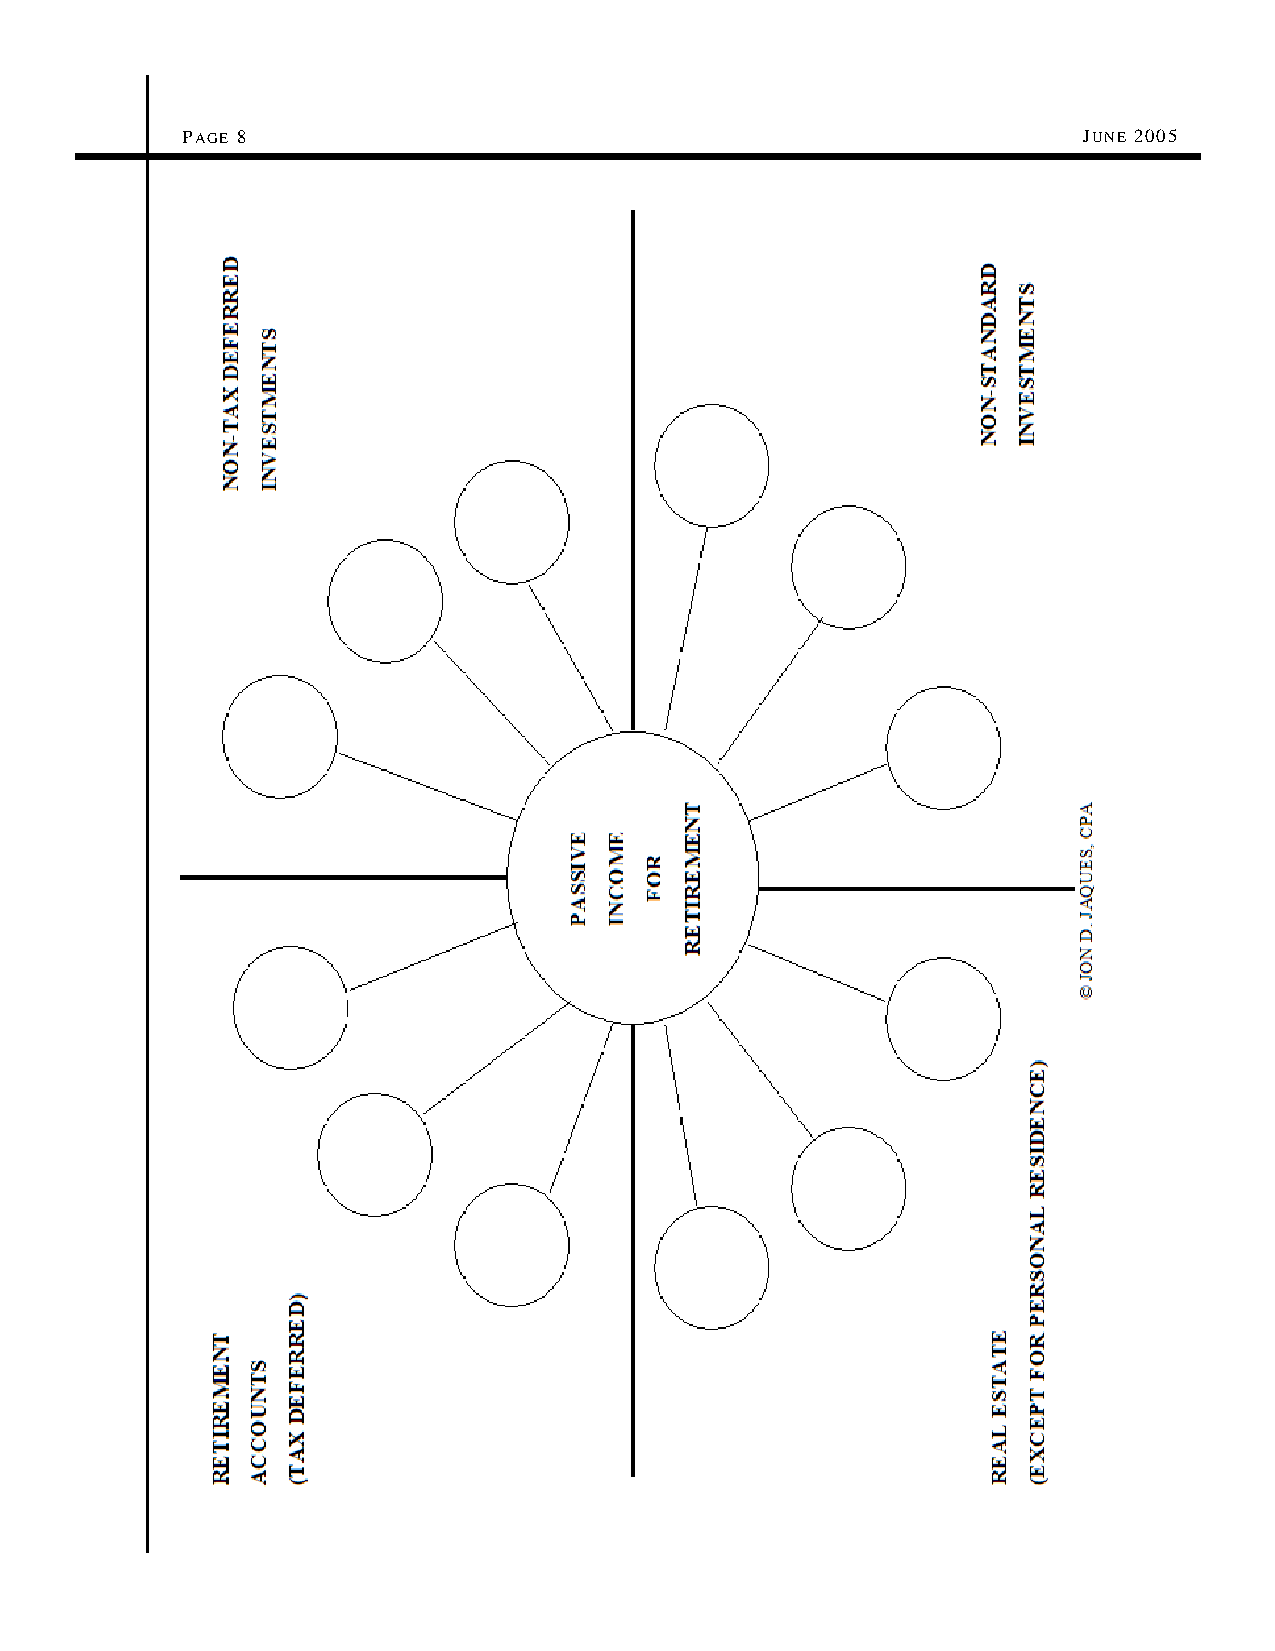
PAGE 8                                                      JUNE 2005